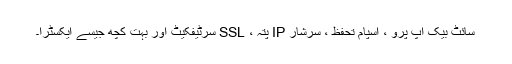
سائٹ بیک اپ پرو ، اسپام تحفظ ، سرشار IP پتہ ، SSL سرٹیفکیٹ اور بہت کچھ جیسے ایکسٹرا۔